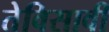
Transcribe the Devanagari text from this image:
तेविसावी